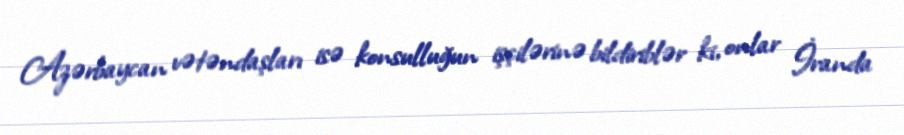
Azərbaycan vətəndaşları isə konsulluğun işçilərinə bildiriblər ki, onlar İranda